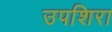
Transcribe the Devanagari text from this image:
उपशिरा